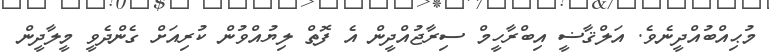
މުޙިއްބުއްދީނެވެ. އަލްޤާޟީ އިބްރާހީމް ސިރާޖުއްދީން އެ ފޮތް ލިޔުއްވުން ކުރިއަށް ގެންދެވީ މީލާދީން